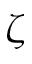
\zeta